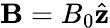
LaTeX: \mathbf{B}=B_{0}\hat{\mathbf{z}}